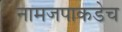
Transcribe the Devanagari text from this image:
नामजपाकडेच